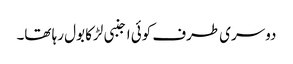
دوسری طرف کوئی اجنبی لڑکا بول رہا تھا۔